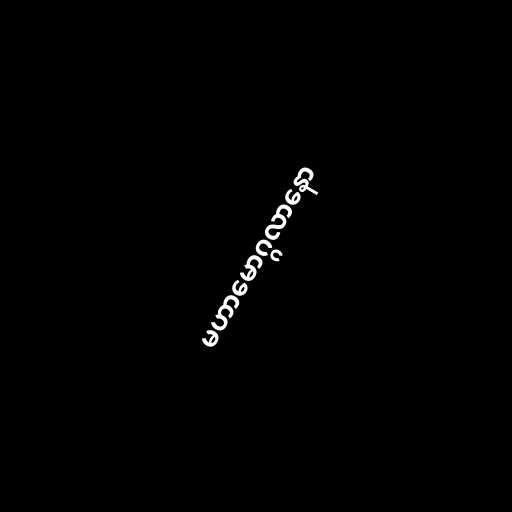
မဟာမောဂ္ဂလာနော